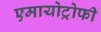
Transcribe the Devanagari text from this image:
एमायोट्रोफी